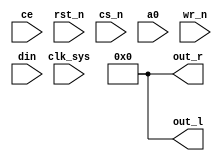
//-------------------------------------------------------------------------------------------------
module saa1099
//-------------------------------------------------------------------------------------------------
(
	input  wire      clk_sys,
	input  wire      ce,      // 8 MHz
	input  wire      rst_n,
	input  wire      cs_n,
	input  wire      a0,      // 0=data, 1=address
	input  wire      wr_n,
	input  wire[7:0] din,
	output wire[7:0] out_r,
	output wire[7:0] out_l
);
//-------------------------------------------------------------------------------------------------

assign out_r = 8'd0;
assign out_l = 8'd0;

//-------------------------------------------------------------------------------------------------
endmodule
//-------------------------------------------------------------------------------------------------